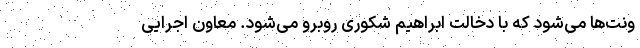
ونت‌ها می‌شود که با دخالت ابراهیم شکوری روبرو می‌شود. معاون اجرایی